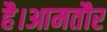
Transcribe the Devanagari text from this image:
है।आमतौर